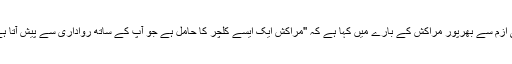
ٹام ہانکس نے روحانیت اور صوفی ازم سے بھرپور مراکش کے بارے میں کہا ہے کہ ''مراکش ایک ایسے کلچر کا حامل ہے جو آپ کے ساتھ رواداری سے پیش آتا ہے لیکن آپ کو قبول نہیں کرتا ہے''۔